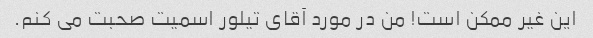
این غیر ممکن است! من در مورد آقای تیلور اسمیت صحبت می کنم.